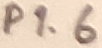
Text: P1.6